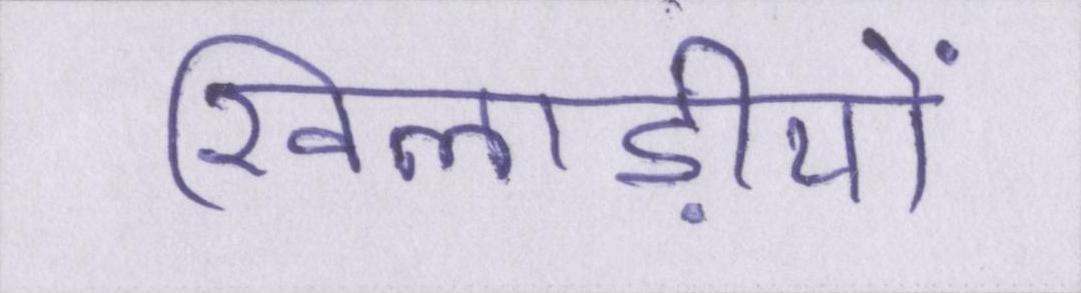
खिलाड़ीयों